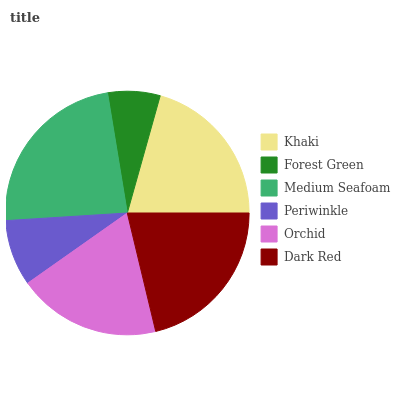
| Khaki | Forest Green | Medium Seafoam | Periwinkle | Orchid | Dark Red |
 | --- | --- | --- | --- | --- | --- |
 | 20.7% | 6.93% | 23.4% | 8.76% | 18.9% | 21.3% |